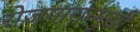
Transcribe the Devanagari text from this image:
रोजगारोन्मुखी